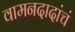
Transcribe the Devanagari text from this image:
वामनदादांचं